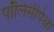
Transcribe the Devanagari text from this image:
पॉलिसीपेक्षा